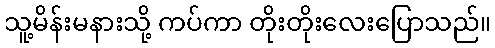
သူ့မိန်းမနားသို့ ကပ်ကာ တိုးတိုးလေးပြောသည်။